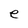
Character: e